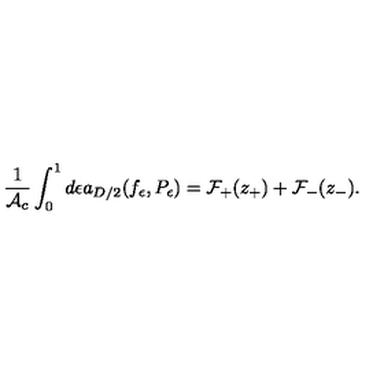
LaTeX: { \frac { 1 } { { \cal A } _ { c } } } \int _ { 0 } ^ { 1 } d \epsilon a _ { D / 2 } ( f _ { \epsilon } , P _ { \epsilon } ) = { \cal F } _ { + } ( z _ { + } ) + { \cal F } _ { - } ( z _ { - } ) .